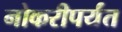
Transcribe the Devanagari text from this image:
नोकरीपर्यंत